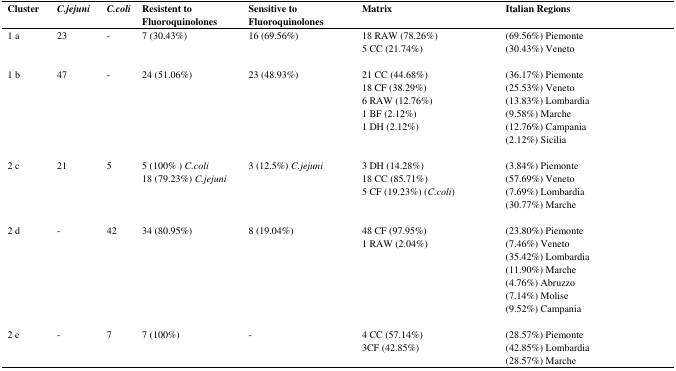
<table><thead><tr><td><b>Cluster</b></td><td><b><i>C.jejuni</i></b></td><td><b><i>C.coli</i></b></td><td><b>Resistent to Fluoroquinolones</b></td><td><b>Sensitive to Fluoroquinolones</b></td><td><b>Matrix</b></td><td><b>Italian Regions</b></td></tr></thead><tbody><tr><td>1 a</td><td>23</td><td>-</td><td>7 (30.43%)</td><td>16 (69.56%)</td><td>18 RAW (78.26%)5 CC (21.74%)</td><td>(69.56%) Piemonte(30.43%) Veneto</td></tr><tr><td>1 b</td><td>47</td><td>-</td><td>24 (51.06%)</td><td>23 (48.93%)</td><td>21 CC (44.68%)18 CF (38.29%)6 RAW (12.76%)1 BF (2.12%)1 DH (2.12%)</td><td>(36.17%) Piemonte(25.53%) Veneto(13.83%) Lombardia(9.58%) Marche(12.76%) Campania(2.12%) Sicilia</td></tr><tr><td>2 c</td><td>21</td><td>5</td><td>5 (100%) <i>C.coli</i>18 (79.23%) <i>C.jejuni</i></td><td>3 (12.5%) <i>C.jejuni</i></td><td>3 DH (14.28%)18 CC (85.71%)5 CF (19.23%) (<i>C.coli</i>)</td><td>(3.84%) Piemonte(57.69%) Veneto(7.69%) Lombardia(30.77%) Marche</td></tr><tr><td>2 d</td><td>-</td><td>42</td><td>34 (80.95%)</td><td>8 (19.04%)</td><td>48 CF (97.95%)1 RAW (2.04%)</td><td>(23.80%) Piemonte(7.46%) Veneto(35.42%) Lombardia(11.90%) Marche(4.76%) Abruzzo(7.14%) Molise(9.52%) Campania</td></tr><tr><td>2 e</td><td>-</td><td>7</td><td>7 (100%)</td><td>-</td><td>4 CC (57.14%)3CF (42.85%)</td><td>(28.57%) Piemonte(42.85%) Lombardia(28.57%) Marche</td></tr></tbody></table>